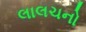
લાલચનો